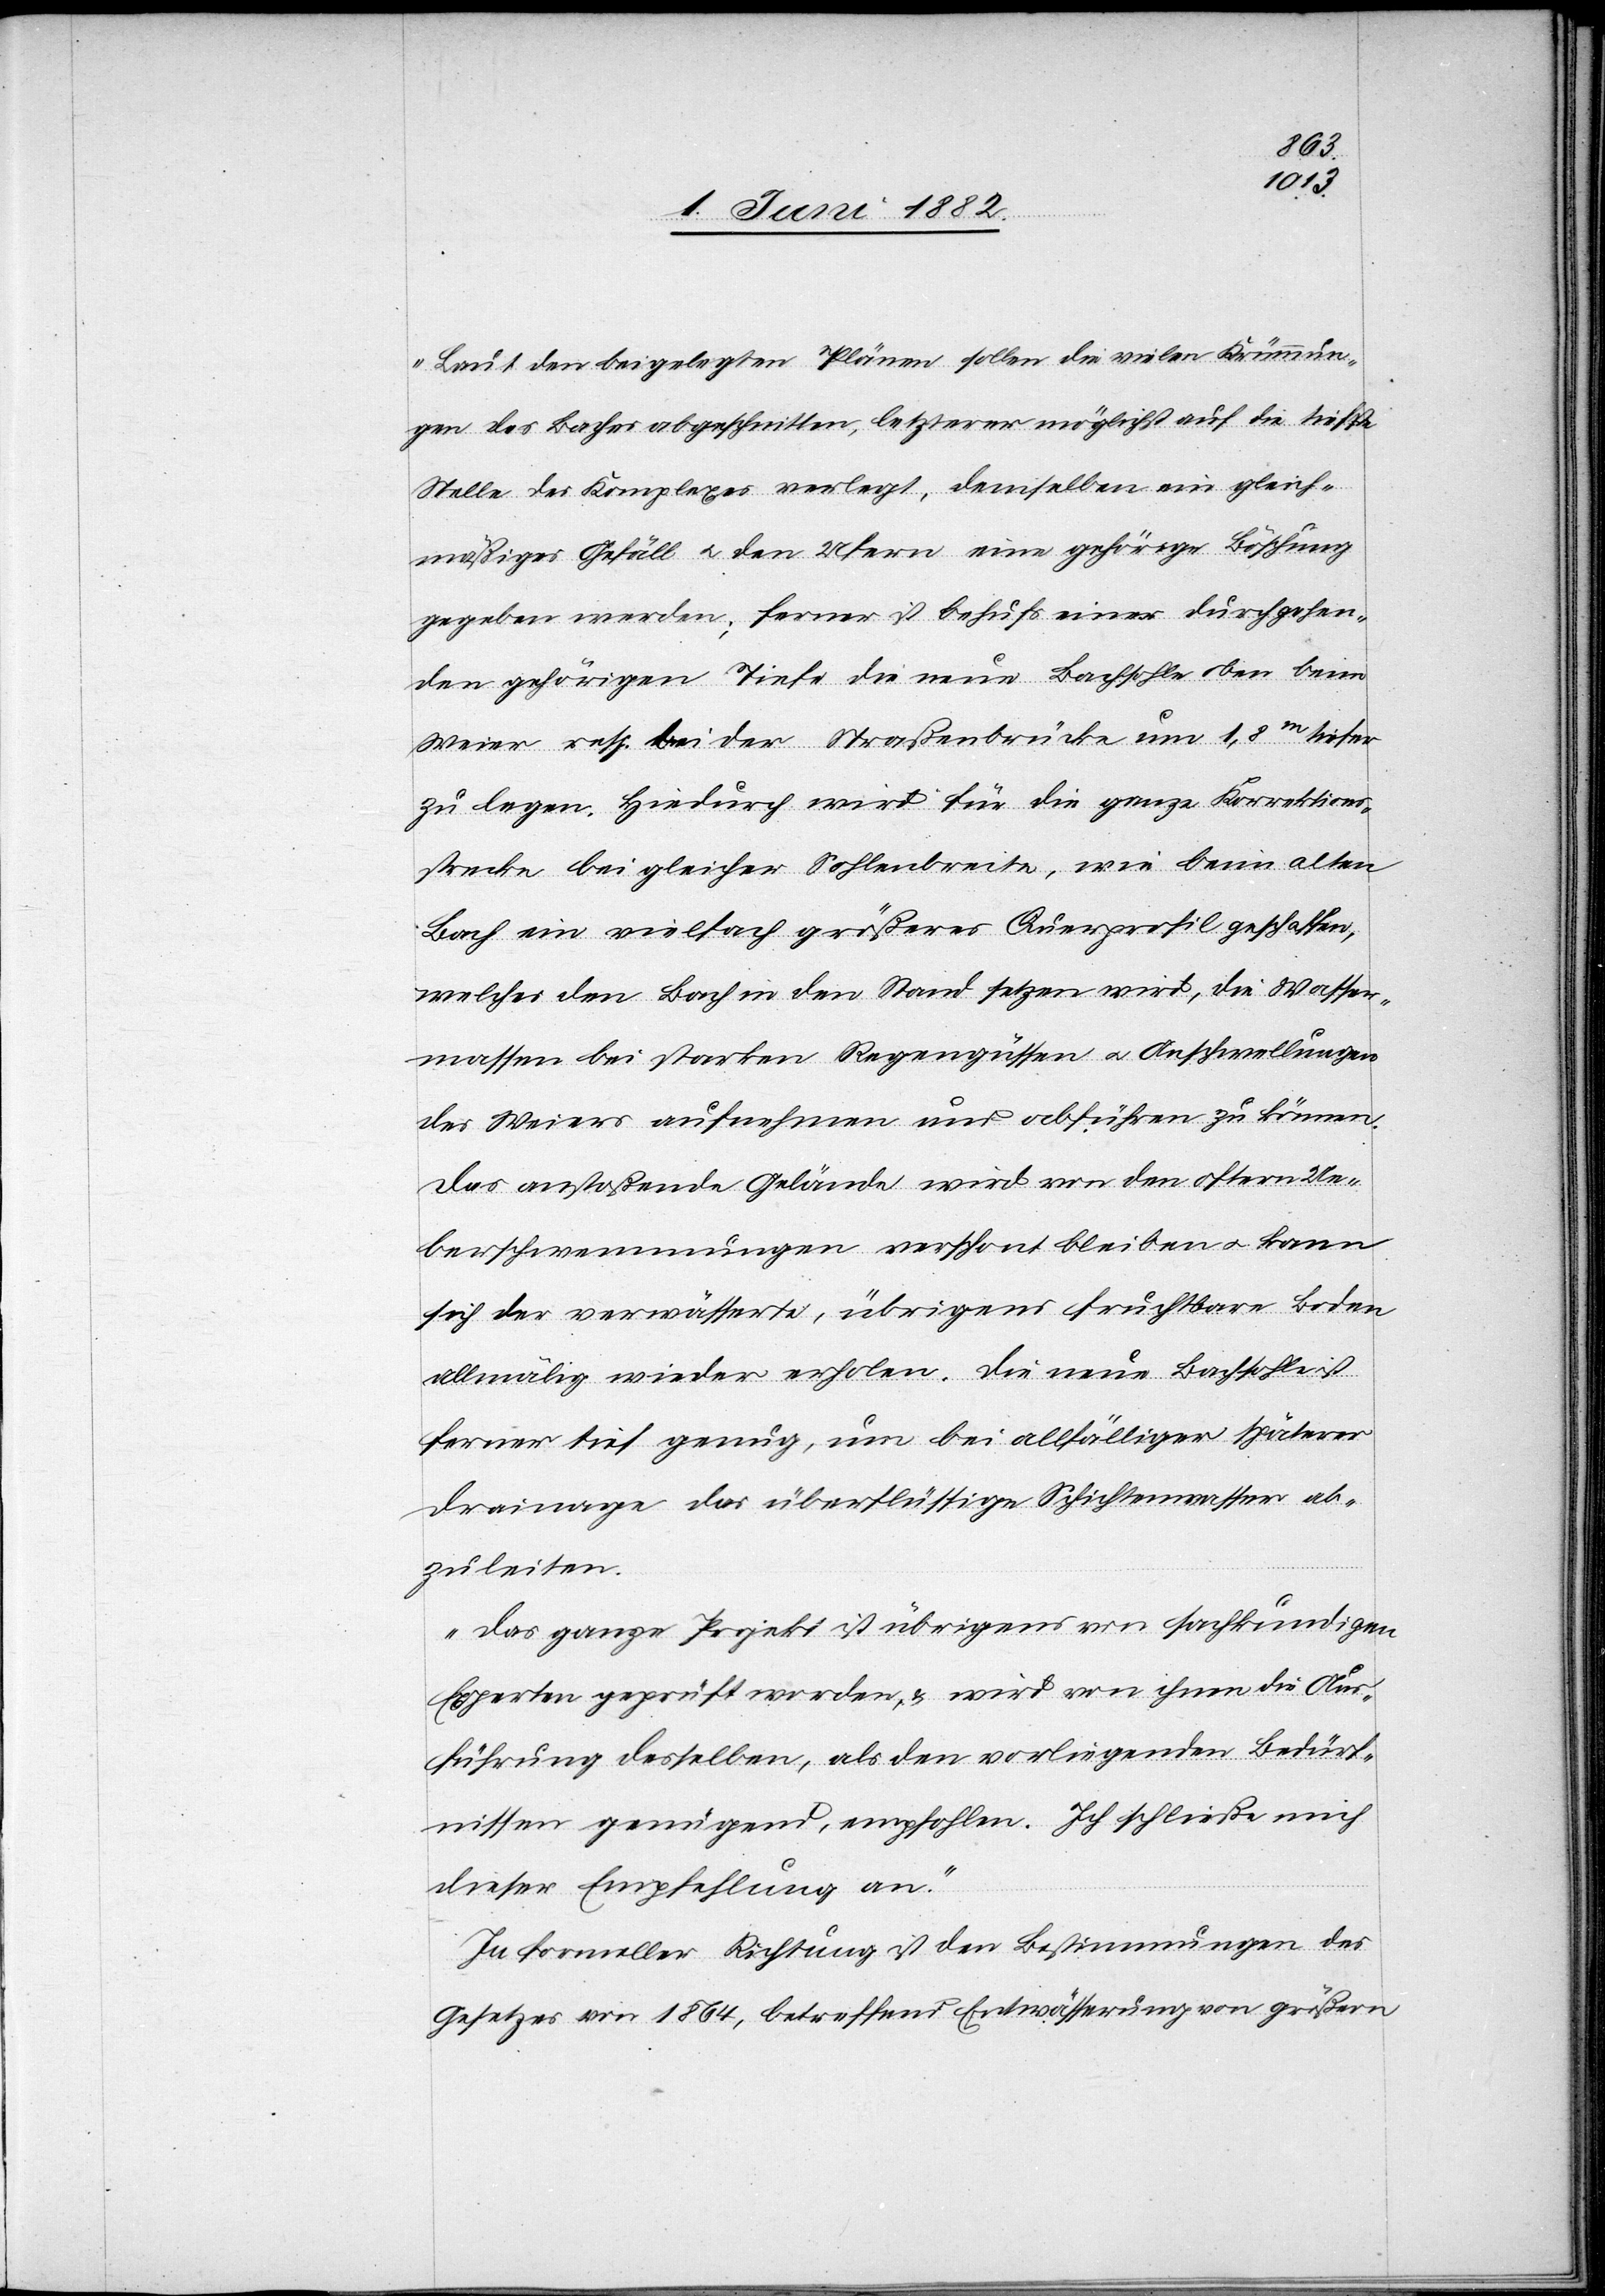
Laut den beigelegten Plänen sollen die vielen Krümmun¬
gen des Baches abgeschnitten, letzterer möglichst auf die tiefste
Stelle des Komplexes verlegt, demselben ein gleich¬
mäßiges Gefäll u. den Ufern eine gehörige Böschung
gegeben werden; ferner ist behufs einer durchgehen¬
den gehörigen Tiefe die neue Bachsohle von oben
Weier resp. bei der Straßenbrücke um 1,8m tiefer
zu legen. Hiedurch wird für die ganze Korrektions¬
strecke bei gleicher Sohlenbreite, wie beim alten
Bach ein vielfach größeres Querprofil geschaffen,
welches den Bach in den Stand setzen wird, die Wasser¬
massen bei starken Regengüssen u. Anschwellungen
des Weiers aufnehmen und abführen zu können.
Das anstoßende Gelände wird von den öftern Ue¬
berschwemmungen verschont bleiben u. kann
sich der verwässerte, übrigens fruchtbare Boden
allmälig wieder erholen. Die neue Bachsohle ist
ferner tief genug, um bei allfälliger späterer
Drainage das überflüssige Schichtenwasser ab¬
zuleiten.
Das ganze Projekt ist übrigens von fachkundigen
Experten geprüft worden, & wird von ihnen die Aus¬
führung desselben, als den vorliegenden Bedürf¬
nissen genügend, empfohlen. Ich schließe mich
dieser Empfehlung an.
In formeller Richtung ist den Bestimmungen des
Gesetzes von 1864, betreffend Entwässerung von größern